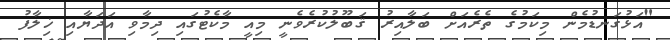
"އަޅުގަނޑުމެން މިކަމުގެ ތެރެއަށް ބަލާއިރު ޤަބޫލުކުރެވެނީ މިއީ މާކެޓުގައި ދިމާވި އަދަޔާއި ޚިލާފު